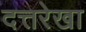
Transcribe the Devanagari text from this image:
दत्तरेखा